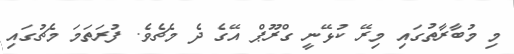
މި މުބާރާތުގައި މިރޭ ކުޅޭނީ ގްރޫޕް އޭގެ ދެ މެޗެވެ. ފުރަތަމަ މެޗުގައި